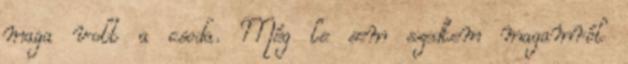
maga volt a csoda. Még le sem szedtem magamról